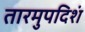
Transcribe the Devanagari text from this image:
तारमुपदिशं